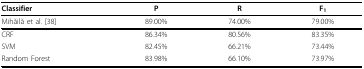
<table><thead><tr><td><b>Classifier</b></td><td><b>P</b></td><td><b>R</b></td><td><b>F<sub>1</sub></b></td></tr></thead><tbody><tr><td>Mihăilă et al. [38]</td><td>89.00%</td><td>74.00%</td><td>79.00%</td></tr><tr><td>CRF</td><td>86.34%</td><td>80.56%</td><td>83.35%</td></tr><tr><td>SVM</td><td>82.45%</td><td>66.21%</td><td>73.44%</td></tr><tr><td>Random Forest</td><td>83.98%</td><td>66.10%</td><td>73.97%</td></tr></tbody></table>